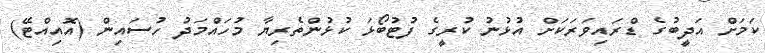
ކަމަށް އަދީބުގެ ޑްރައިވަރަކަށް އުޅުނު ކުރީގެ ފުޓުބޯޅަ ކުޅުންތެރިޔާ މުހައްމަދު ހުސައިން (އޮއިއްޓޭ)